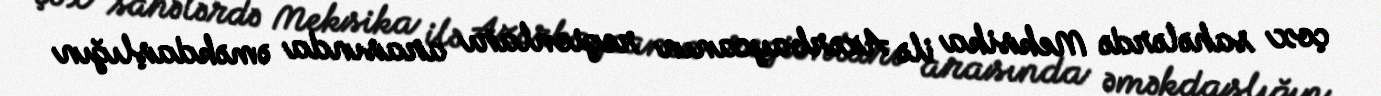
çox sahələrdə Meksika ilə Azərbaycanın regionları arasında əməkdaşlığın